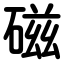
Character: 磁